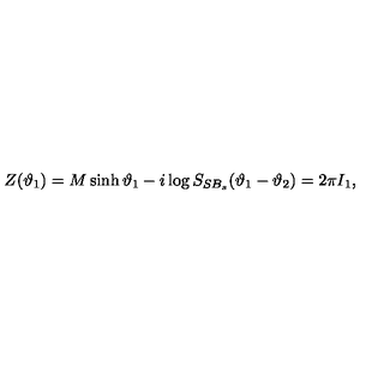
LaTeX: Z ( \vartheta _ { 1 } ) = M \sinh \vartheta _ { 1 } - i \log S _ { S B _ { s } } ( \vartheta _ { 1 } - \vartheta _ { 2 } ) = 2 \pi I _ { 1 } ,